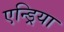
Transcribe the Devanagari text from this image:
एन्ड्रिया